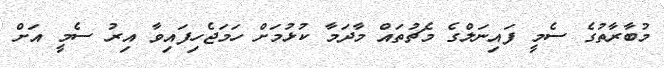
މުބާރާތުގެ ސެމީ ފައިނަލްގެ މެޗުތައް މާދަމާ ކުޅުމަށް ހަމަޖެހިފައިވާ އިރު ސެމީ އަށް